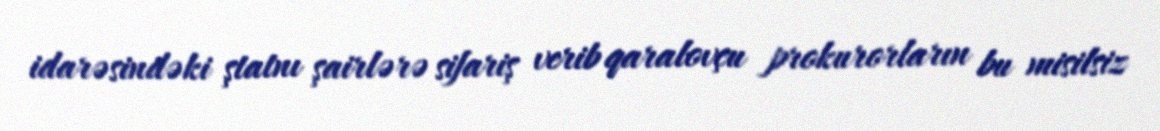
idarəsindəki ştatnı şairlərə sifariş verib qaralovçu prokurorların bu misilsiz